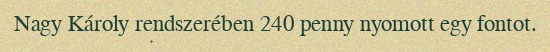
Nagy Károly rendszerében 240 penny nyomott egy fontot.